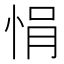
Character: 悁